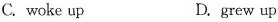
C.woke up D.grew up